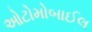
ઓટોમોબાઈલ